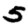
Digit: 5